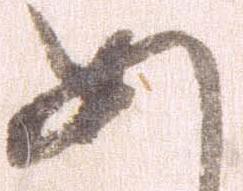
め